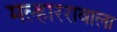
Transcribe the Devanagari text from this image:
मल्हाररावाला